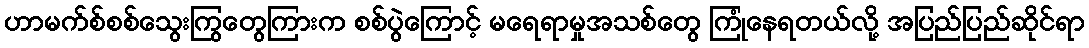
ဟာမက်စ်စစ်သွေးကြွတွေကြားက စစ်ပွဲကြောင့် မရေရာမှုအသစ်တွေ ကြုံနေရတယ်လို့ အပြည်ပြည်ဆိုင်ရာ